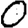
Digit: 0